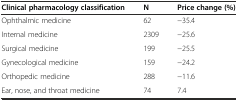
<table><thead><tr><td><b>Clinical pharmacology classification</b></td><td><b>N</b></td><td><b>Price change (%)</b></td></tr></thead><tbody><tr><td>Ophthalmic medicine</td><td>62</td><td>−35.4</td></tr><tr><td>Internal medicine</td><td>2309</td><td>−25.6</td></tr><tr><td>Surgical medicine</td><td>199</td><td>−25.5</td></tr><tr><td>Gynecological medicine</td><td>159</td><td>−24.2</td></tr><tr><td>Orthopedic medicine</td><td>288</td><td>−11.6</td></tr><tr><td>Ear, nose, and throat medicine</td><td>74</td><td>7.4</td></tr></tbody></table>